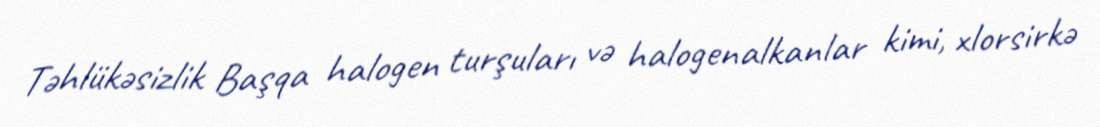
Təhlükəsizlik Başqa halogen turşuları və halogenalkanlar kimi, xlorsirkə